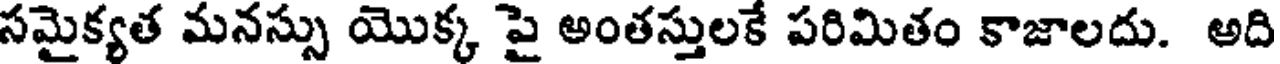
సమైక్యత మనస్సు యొక్క పై అంతస్తులకే పరిమితం కాజాలదు. అది